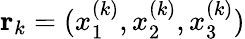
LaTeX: \mathbf{r}_{k}=(x_{1}^{(k)},x_{2}^{(k)},x_{3}^{(k)})